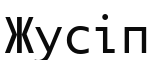
Жусіп